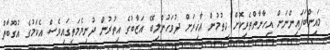
މައިންބަފައިންނަށް އިހާނާތްތެރިކޮށް ހިތުމުން އާޚިރަށް ދުވަހުންލިބޭ އަޒާބުގެ އިތުރުން ދުނިޔެމަތީގައިވެސް އެކަމުގެ އުގޫބާތް